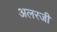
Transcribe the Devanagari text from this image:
अलरजी